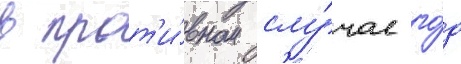
в прот'и́вном слу́чае го́д